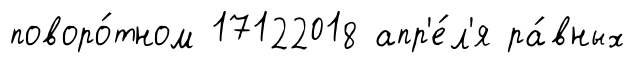
поворо́тном 17122018 апр'е́л'я ра́вных